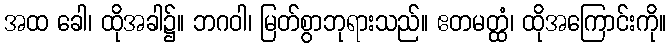
အထ ခေါ၊ ထိုအခါ၌။ ဘဂဝါ၊ မြတ်စွာဘုရားသည်။ ဧတမတ္ထံ၊ ထိုအကြောင်းကို။